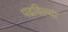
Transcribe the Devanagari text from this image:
पढविल्या